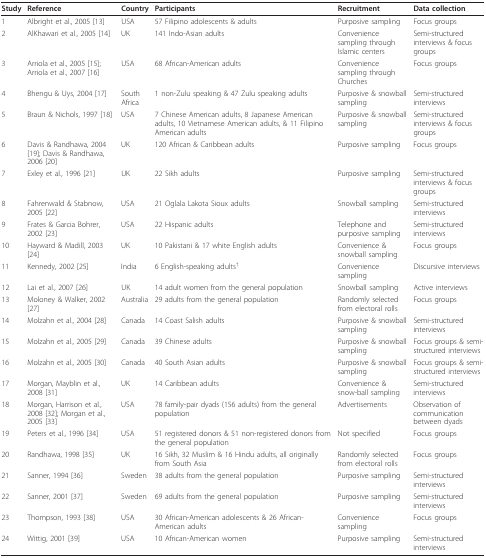
<table><thead><tr><td><b>Study</b></td><td><b>Reference</b></td><td><b>Country</b></td><td><b>Participants</b></td><td><b>Recruitment</b></td><td><b>Data collection</b></td></tr></thead><tbody><tr><td>1</td><td>Albright et al., 2005 [13]</td><td>USA</td><td>57 Filipino adolescents &amp; adults</td><td>Purposive sampling</td><td>Focus groups</td></tr><tr><td>2</td><td>AlKhawari et al., 2005 [14]</td><td>UK</td><td>141 Indo-Asian adults</td><td>Convenience sampling through Islamic centers</td><td>Semi-structured interviews &amp; focus groups</td></tr><tr><td>3</td><td>Arriola et al., 2005 [15];Arriola et al., 2007 [16]</td><td>USA</td><td>68 African-American adults</td><td>Convenience sampling through Churches</td><td>Focus groups</td></tr><tr><td>4</td><td>Bhengu &amp; Uys, 2004 [17]</td><td>South Africa</td><td>1 non-Zulu speaking &amp; 47 Zulu speaking adults</td><td>Purposive &amp; snowball sampling</td><td>Semi-structured interviews</td></tr><tr><td>5</td><td>Braun &amp; Nichols, 1997 [18]</td><td>USA</td><td>7 Chinese American adults, 8 Japanese American adults, 10 Vietnamese American adults, &amp; 11 Filipino American adults</td><td>Purposive &amp; snowball sampling</td><td>Semi-structured interviews &amp; focus groups</td></tr><tr><td>6</td><td>Davis &amp; Randhawa, 2004 [19]; Davis &amp; Randhawa, 2006 [20]</td><td>UK</td><td>120 African &amp; Caribbean adults</td><td>Purposive sampling</td><td>Focus groups</td></tr><tr><td>7</td><td>Exley et al., 1996 [21]</td><td>UK</td><td>22 Sikh adults</td><td>Purposive sampling</td><td>Semi-structured interviews &amp; focus groups</td></tr><tr><td>8</td><td>Fahrenwald &amp; Stabnow, 2005 [22]</td><td>USA</td><td>21 Oglala Lakota Sioux adults</td><td>Snowball sampling</td><td>Semi-structured interviews</td></tr><tr><td>9</td><td>Frates &amp; Garcia Bohrer, 2002 [23]</td><td>USA</td><td>22 Hispanic adults</td><td>Telephone and purposive sampling</td><td>Semi-structured interviews</td></tr><tr><td>10</td><td>Hayward &amp; Madill, 2003 [24]</td><td>UK</td><td>10 Pakistani &amp; 17 white English adults</td><td>Convenience &amp; snowball sampling</td><td>Focus groups</td></tr><tr><td>11</td><td>Kennedy, 2002 [25]</td><td>India</td><td>6 English-speaking adults<sup>†</sup></td><td>Convenience sampling</td><td>Discursive interviews</td></tr><tr><td>12</td><td>Lai et al., 2007 [26]</td><td>UK</td><td>14 adult women from the general population</td><td>Snowball sampling</td><td>Active interviews</td></tr><tr><td>13</td><td>Moloney &amp; Walker, 2002 [27]</td><td>Australia</td><td>29 adults from the general population</td><td>Randomly selected from electoral rolls</td><td>Focus groups</td></tr><tr><td>14</td><td>Molzahn et al., 2004 [28]</td><td>Canada</td><td>14 Coast Salish adults</td><td>Purposive &amp; snowball sampling</td><td>Semi-structured interviews</td></tr><tr><td>15</td><td>Molzahn et al., 2005 [29]</td><td>Canada</td><td>39 Chinese adults</td><td>Purposive &amp; snowball sampling</td><td>Focus groups &amp; semi-structured interviews</td></tr><tr><td>16</td><td>Molzahn et al., 2005 [30]</td><td>Canada</td><td>40 South Asian adults</td><td>Purposive &amp; snowball sampling</td><td>Focus groups &amp; semi-structured interviews</td></tr><tr><td>17</td><td>Morgan, Mayblin et al., 2008 [31]</td><td>UK</td><td>14 Caribbean adults</td><td>Convenience &amp; snow-ball sampling</td><td>Semi-structured interviews</td></tr><tr><td>18</td><td>Morgan, Harrison et al., 2008 [32]; Morgan et al., 2005 [33]</td><td>USA</td><td>78 family-pair dyads (156 adults) from the general population</td><td>Advertisements</td><td>Observation of communication between dyads</td></tr><tr><td>19</td><td>Peters et al., 1996 [34]</td><td>USA</td><td>51 registered donors &amp; 51 non-registered donors from the general population</td><td>Not specified</td><td>Focus groups</td></tr><tr><td>20</td><td>Randhawa, 1998 [35]</td><td>UK</td><td>16 Sikh, 32 Muslim &amp; 16 Hindu adults, all originally from South Asia</td><td>Randomly selected from electoral rolls</td><td>Focus groups</td></tr><tr><td>21</td><td>Sanner, 1994 [36]</td><td>Sweden</td><td>38 adults from the general population</td><td>Purposive sampling</td><td>Semi-structured interviews</td></tr><tr><td>22</td><td>Sanner, 2001 [37]</td><td>Sweden</td><td>69 adults from the general population</td><td>Purposive sampling</td><td>Semi-structured interviews</td></tr><tr><td>23</td><td>Thompson, 1993 [38]</td><td>USA</td><td>30 African-American adolescents &amp; 26 African-American adults</td><td>Convenience sampling</td><td>Focus groups</td></tr><tr><td>24</td><td>Wittig, 2001 [39]</td><td>USA</td><td>10 African-American women</td><td>Purposive sampling</td><td>Semi-structured interviews</td></tr></tbody></table>